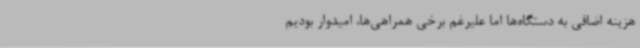
هزینه اضافی به دستگاه‌ها اما علیرغم برخی همراهی‌ها، امیدوار بودیم